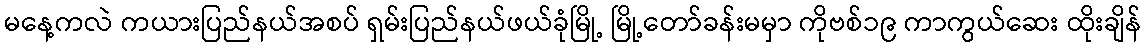
မနေ့ကလဲ ကယားပြည်နယ်အစပ် ရှမ်းပြည်နယ်ဖယ်ခုံမြို့ မြို့တော်ခန်းမမှာ ကိုဗစ်၁၉ ကာကွယ်ဆေး ထိုးချိန်